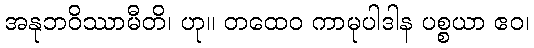
အနုဘဝိဿာမီတိ၊ ဟု။ တထေဝ ကာမုပါဒါန ပစ္စယာ ဧဝ၊